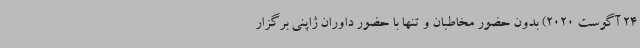
24 آگوست 2020) بدون حضور مخاطبان و تنها با حضور داوران ژاپنی برگزار